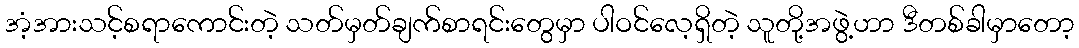
အံ့အားသင့်စရာကောင်းတဲ့ သတ်မှတ်ချက်စာရင်းတွေမှာ ပါဝင်လေ့ရှိတဲ့ သူတို့အဖွဲ့ဟာ ဒီတစ်ခါမှာတော့